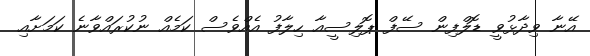
އޭނާ ވިދާޅުވީ ޑޮލްފިން ސޭފް ޕޮލިސީއާ ހިލާފު އެއްވެސް ކަމެއް ނުކުރައްވާނެ ކަމަށާއި